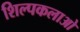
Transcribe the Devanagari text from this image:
शिल्पकलाओ